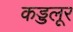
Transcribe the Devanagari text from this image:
कड्डलूर